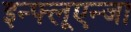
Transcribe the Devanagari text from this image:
इन्फ्लूएन्जा